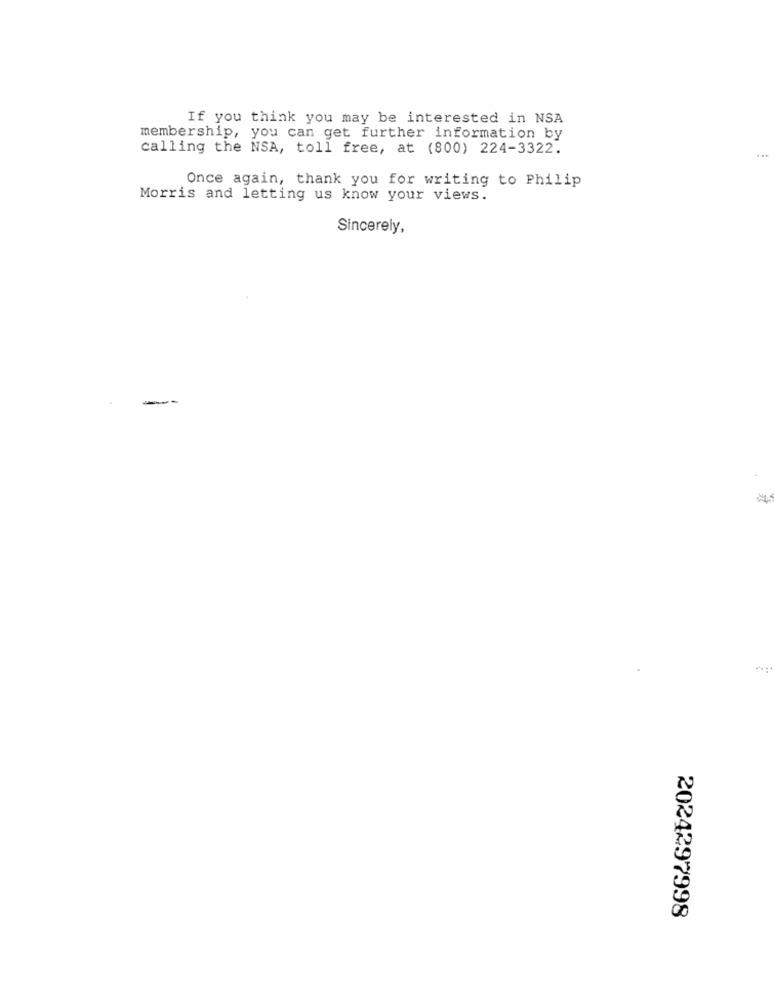
If you think you may be interested in NSA
membership, you can get further information by
calling the NSA, toll free, at (800) 224-3322.
Once again, thank you for writing to Philip
Morris and letting us know your views.
Sincerely,
2024297998